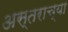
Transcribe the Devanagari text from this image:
अस्तराच्या